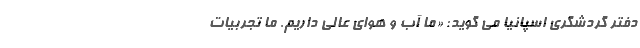
دفتر گردشگری اسپانیا می گوید: «ما آب و هوای عالی داریم. ما تجربیات